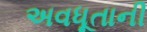
અવધૂતાની